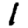
Digit: 1